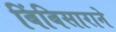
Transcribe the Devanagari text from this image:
बिंबिसाराने